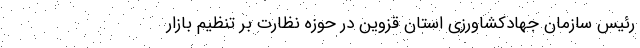
رئیس سازمان جهادکشاورزی استان قزوین در حوزه نظارت بر تنظیم بازار